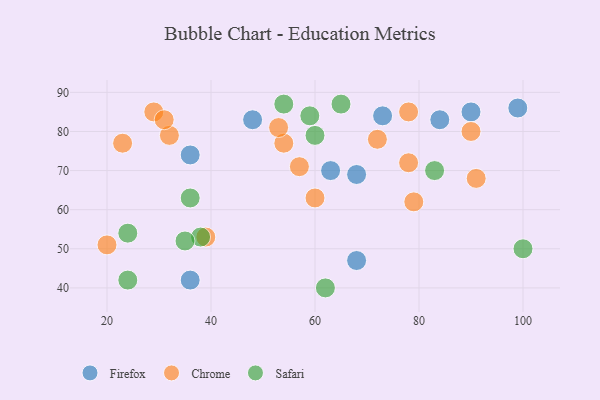
{"axis": {"x": "GDP", "y": "Life Expectancy"}, "legend": ["Chrome", "Firefox", "Safari"], "data": [{"x": "36", "y": 42, "type": "Firefox"}, {"x": "68", "y": 47, "type": "Firefox"}, {"x": "84", "y": 83, "type": "Firefox"}, {"x": "90", "y": 85, "type": "Firefox"}, {"x": "48", "y": 83, "type": "Firefox"}, {"x": "99", "y": 86, "type": "Firefox"}, {"x": "73", "y": 84, "type": "Firefox"}, {"x": "68", "y": 69, "type": "Firefox"}, {"x": "36", "y": 74, "type": "Firefox"}, {"x": "63", "y": 70, "type": "Firefox"}, {"x": "91", "y": 68, "type": "Chrome"}, {"x": "78", "y": 85, "type": "Chrome"}, {"x": "90", "y": 80, "type": "Chrome"}, {"x": "23", "y": 77, "type": "Chrome"}, {"x": "29", "y": 85, "type": "Chrome"}, {"x": "60", "y": 63, "type": "Chrome"}, {"x": "32", "y": 79, "type": "Chrome"}, {"x": "78", "y": 72, "type": "Chrome"}, {"x": "39", "y": 53, "type": "Chrome"}, {"x": "54", "y": 77, "type": "Chrome"}, {"x": "72", "y": 78, "type": "Chrome"}, {"x": "79", "y": 62, "type": "Chrome"}, {"x": "20", "y": 51, "type": "Chrome"}, {"x": "57", "y": 71, "type": "Chrome"}, {"x": "31", "y": 83, "type": "Chrome"}, {"x": "53", "y": 81, "type": "Chrome"}, {"x": "59", "y": 84, "type": "Safari"}, {"x": "38", "y": 53, "type": "Safari"}, {"x": "65", "y": 87, "type": "Safari"}, {"x": "100", "y": 50, "type": "Safari"}, {"x": "62", "y": 40, "type": "Safari"}, {"x": "60", "y": 79, "type": "Safari"}, {"x": "24", "y": 54, "type": "Safari"}, {"x": "83", "y": 70, "type": "Safari"}, {"x": "35", "y": 52, "type": "Safari"}, {"x": "24", "y": 42, "type": "Safari"}, {"x": "36", "y": 63, "type": "Safari"}, {"x": "54", "y": 87, "type": "Safari"}]}